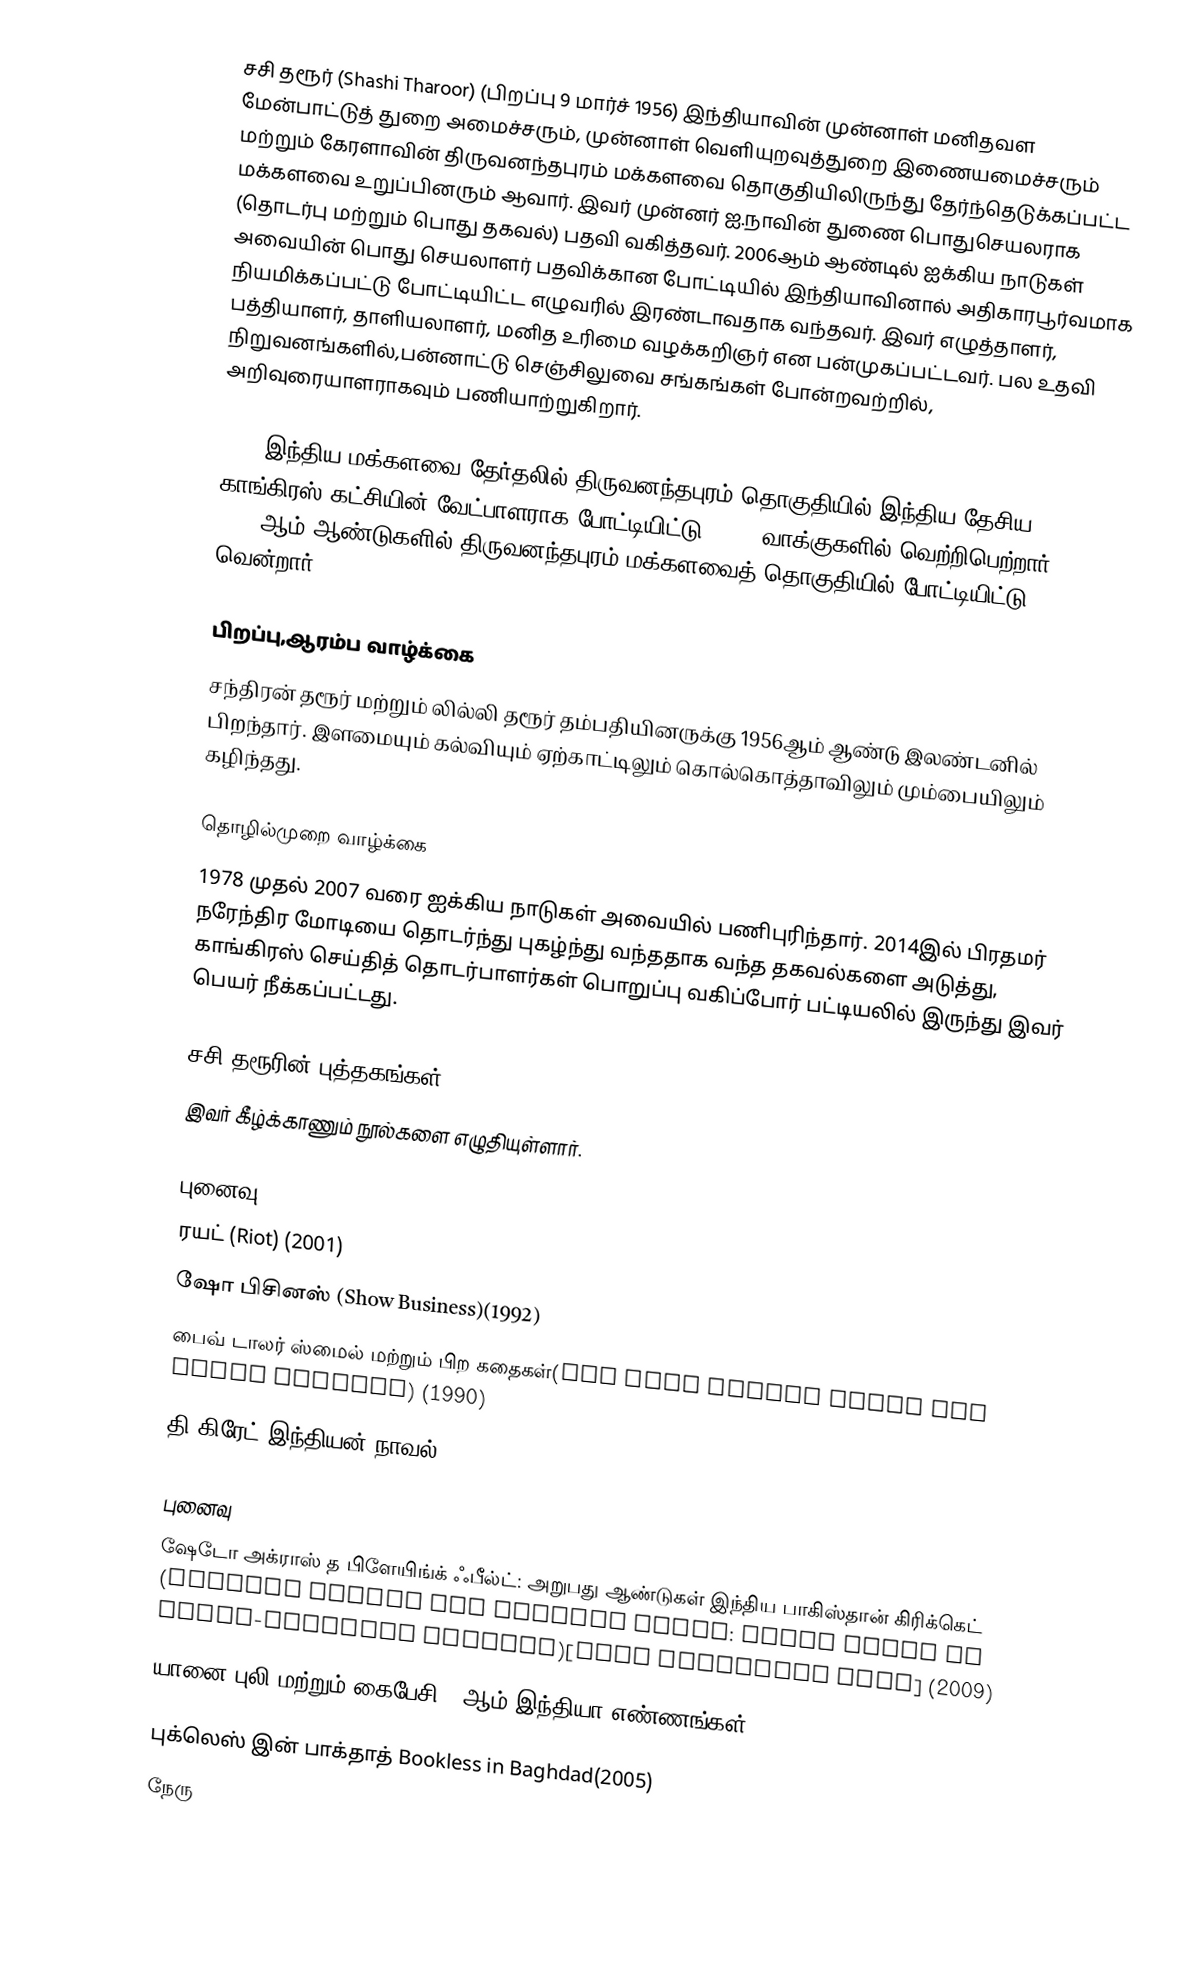
சசி தரூர் (Shashi Tharoor) (பிறப்பு 9 மார்ச் 1956) இந்தியாவின் முன்னாள் மனிதவள மேன்பாட்டுத் துறை அமைச்சரும், முன்னாள் வெளியுறவுத்துறை இணையமைச்சரும் மற்றும் கேரளாவின் திருவனந்தபுரம் மக்களவை தொகுதியிலிருந்து தேர்ந்தெடுக்கப்பட்ட மக்களவை உறுப்பினரும் ஆவார். இவர் முன்னர் ஐ.நாவின் துணை பொதுசெயலராக (தொடர்பு மற்றும் பொது தகவல்) பதவி வகித்தவர். 2006ஆம் ஆண்டில் ஐக்கிய நாடுகள் அவையின் பொது செயலாளர் பதவிக்கான போட்டியில் இந்தியாவினால் அதிகாரபூர்வமாக நியமிக்கப்பட்டு போட்டியிட்ட எழுவரில் இரண்டாவதாக வந்தவர். இவர் எழுத்தாளர், பத்தியாளர், தாளியலாளர், மனித உரிமை வழக்கறிஞர் என பன்முகப்பட்டவர். பல உதவி நிறுவனங்களில்,பன்னாட்டு செஞ்சிலுவை சங்கங்கள் போன்றவற்றில், அறிவுரையாளராகவும் பணியாற்றுகிறார்.

2009 இந்திய மக்களவை தேர்தலில் திருவனந்தபுரம் தொகுதியில் இந்திய தேசிய காங்கிரஸ் கட்சியின் வேட்பாளராக போட்டியிட்டு 99998 வாக்குகளில் வெற்றிபெற்றார். 2009, 2014-ஆம் ஆண்டுகளில் திருவனந்தபுரம் மக்களவைத் தொகுதியில் போட்டியிட்டு வென்றார்.

பிறப்பு,ஆரம்ப வாழ்க்கை
சந்திரன் தரூர் மற்றும் லில்லி தரூர் தம்பதியினருக்கு 1956ஆம் ஆண்டு இலண்டனில் பிறந்தார். இளமையும் கல்வியும் ஏற்காட்டிலும் கொல்கொத்தாவிலும் மும்பையிலும் கழிந்தது.

தொழில்முறை வாழ்க்கை
1978 முதல் 2007 வரை ஐக்கிய நாடுகள் அவையில் பணிபுரிந்தார். 2014இல் பிரதமர் நரேந்திர மோடியை தொடர்ந்து புகழ்ந்து வந்ததாக வந்த தகவல்களை அடுத்து, காங்கிரஸ் செய்தித் தொடர்பாளர்கள் பொறுப்பு வகிப்போர் பட்டியலில் இருந்து இவர் பெயர் நீக்கப்பட்டது.

சசி தரூரின் புத்தகங்கள்
இவர் கீழ்க்காணும் நூல்களை எழுதியுள்ளார்.

புனைவு
 ரயட் (Riot) (2001)
 ஷோ பிசினஸ் (Show Business)(1992)
 பைவ் டாலர் ஸ்மைல் மற்றும் பிற கதைகள்(The Five Dollar Smile and Other Stories) (1990)
 தி கிரேட் இந்தியன் நாவல் (1989)

புனைவு
 ஷேடோ அக்ராஸ் த பிளேயிங்க் ஃபீல்ட்: அறுபது ஆண்டுகள் இந்திய பாகிஸ்தான் கிரிக்கெட் (Shadows Across the Playing Field: Sixty Years of India-Pakistan Cricket)[with Shaharyar Khan] (2009)
 யானை,புலி மற்றும் கைபேசி:21ஆம் இந்தியா எண்ணங்கள்  (The Elephant, the Tiger and the Cell Phone: Reflections on India in the 21st Century)(2007)
 புக்லெஸ் இன் பாக்தாத் Bookless in Baghdad(2005)
 நேரு